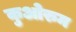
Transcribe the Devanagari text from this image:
कुओरुम